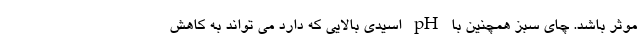
موثر باشد. چای سبز همچنین با pH اسیدی بالایی که دارد می تواند به کاهش